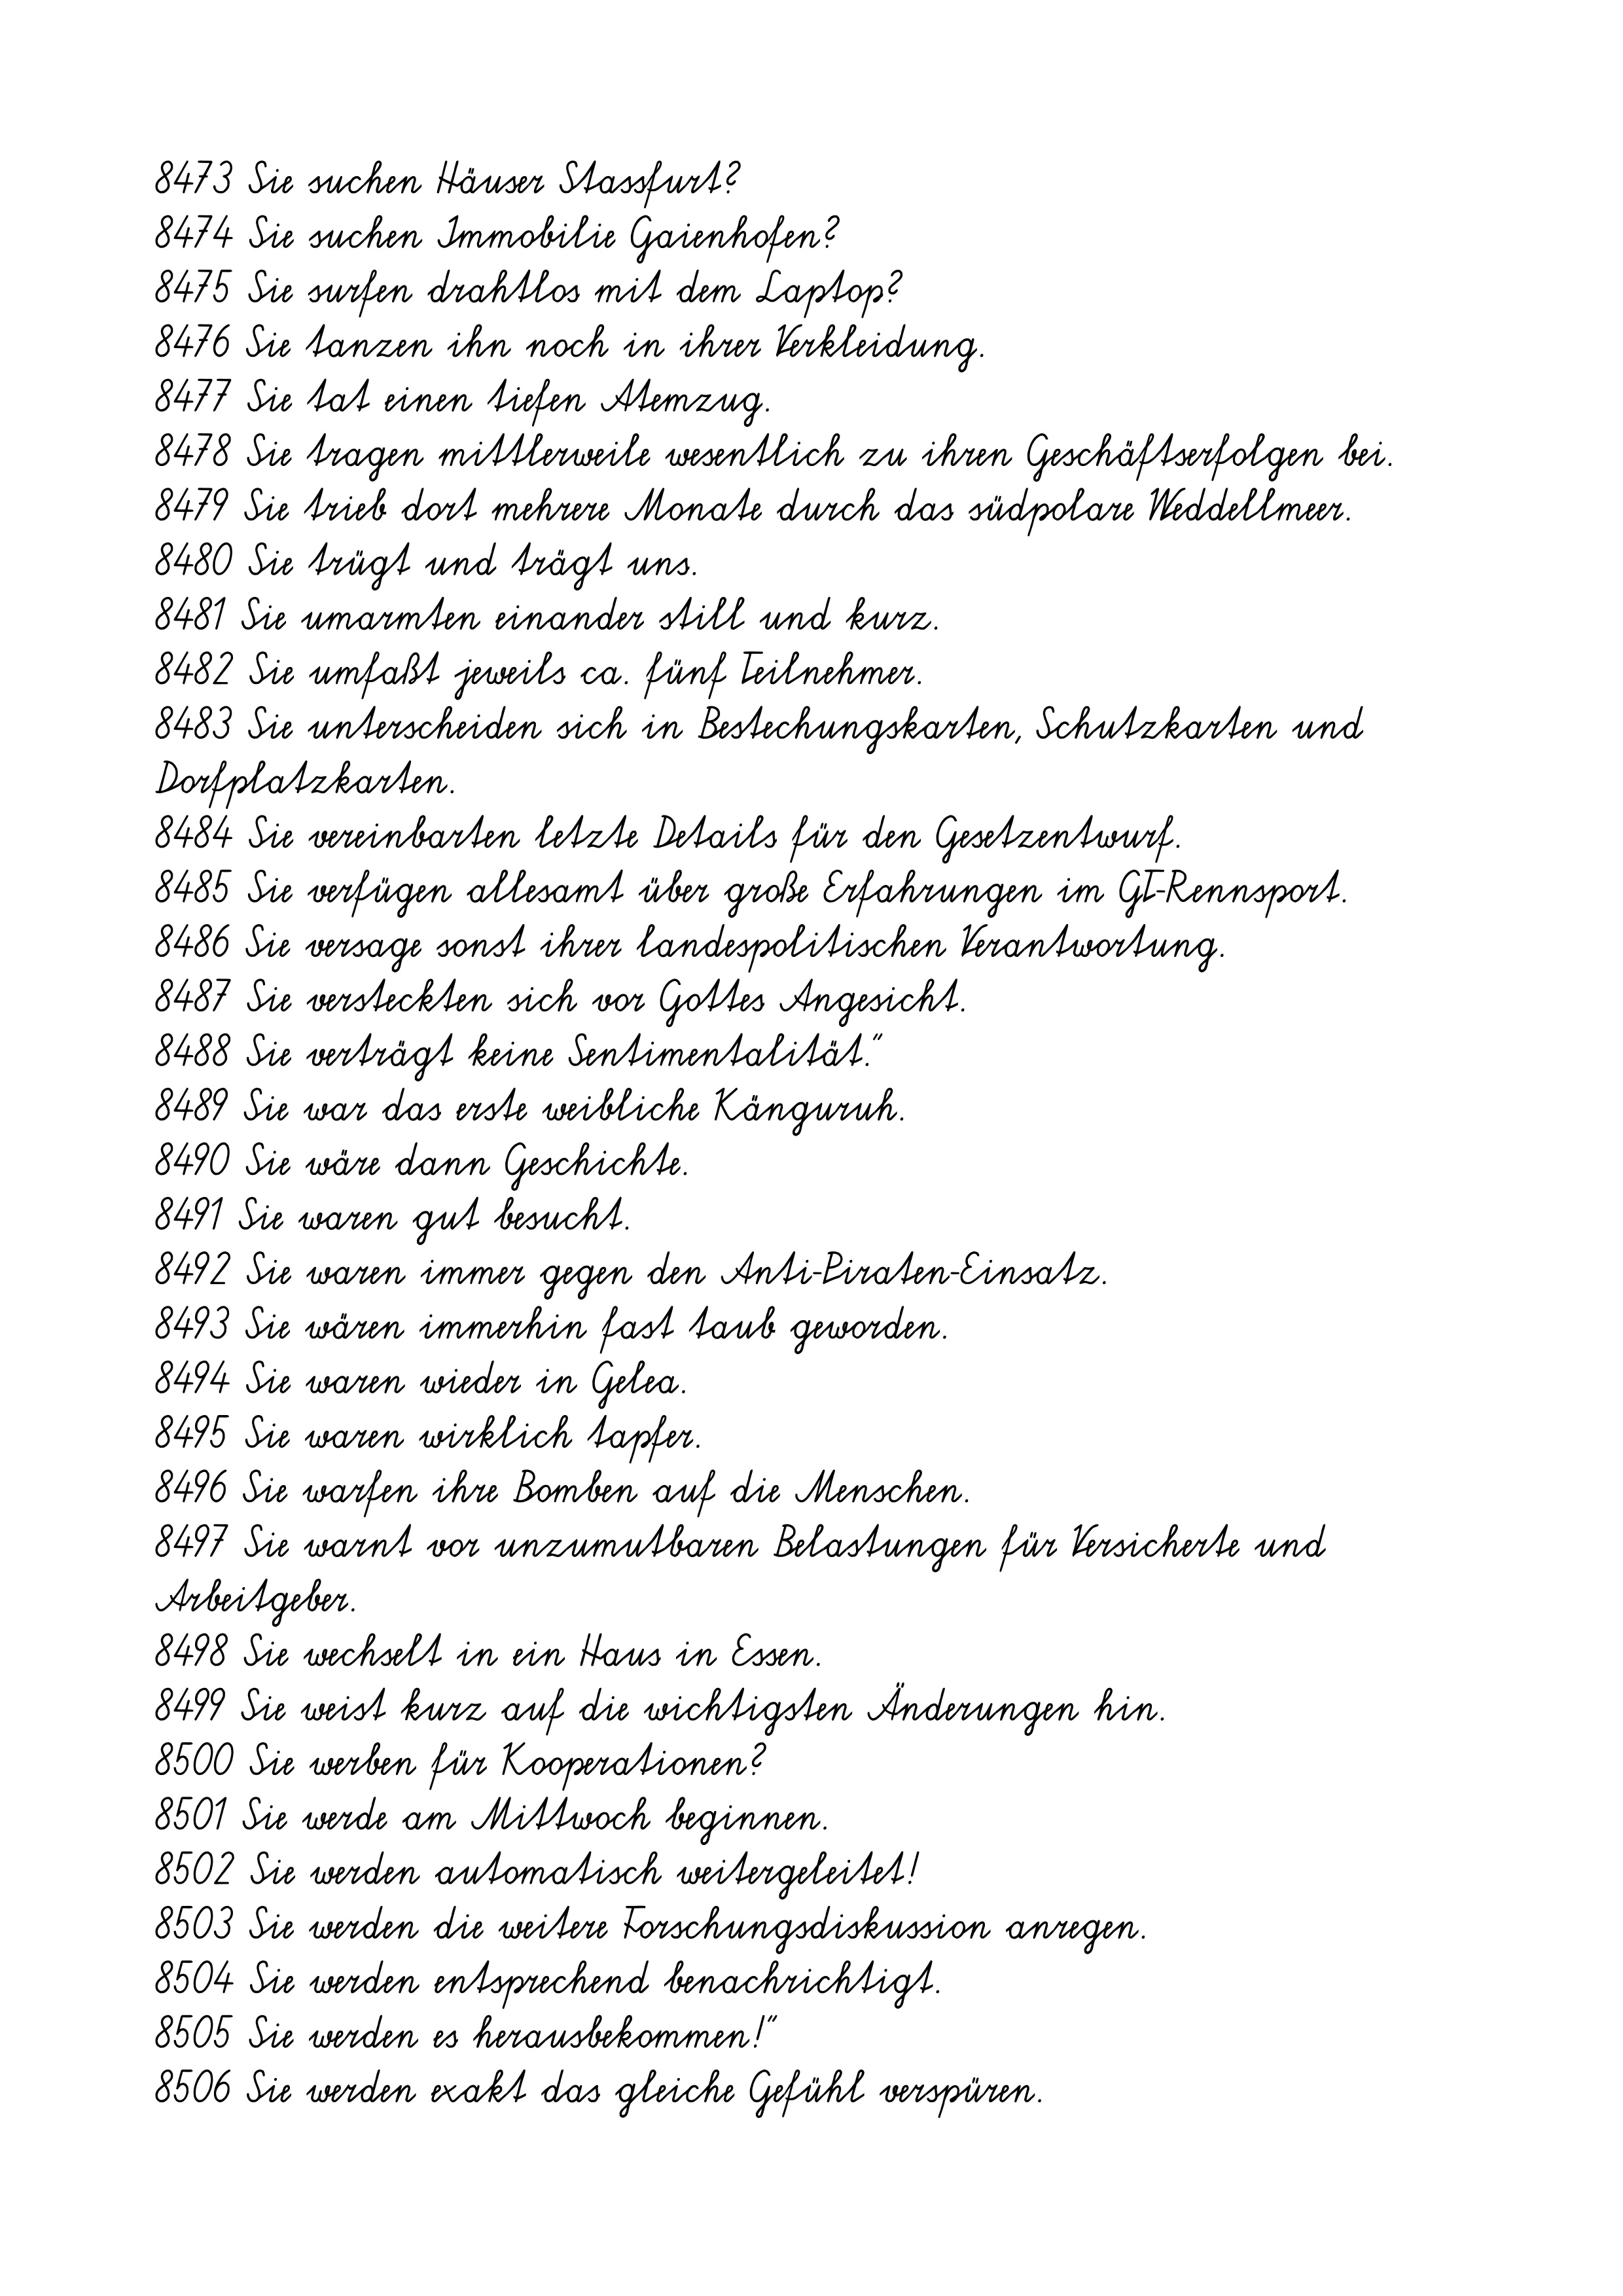
8473 Sie suchen Häuser Stassfurt?
8474 Sie suchen Immobilie Gaienhofen?
8475 Sie surfen drahtlos mit dem Laptop?
8476 Sie tanzen ihn noch in ihrer Verkleidung.
8477 Sie tat einen tiefen Atemzug.
8478 Sie tragen mittlerweile wesentlich zu ihren Geschäftserfolgen bei.
8479 Sie trieb dort mehrere Monate durch das südpolare Weddellmeer.
8480 Sie trügt und trägt uns.
8481 Sie umarmten einander still und kurz.
8482 Sie umfaßt jeweils ca. fünf Teilnehmer.
8483 Sie unterscheiden sich in Bestechungskarten, Schutzkarten und
Dorfplatzkarten.
8484 Sie vereinbarten letzte Details für den Gesetzentwurf.
8485 Sie verfügen allesamt über große Erfahrungen im GT-Rennsport.
8486 Sie versage sonst ihrer landespolitischen Verantwortung.
8487 Sie versteckten sich vor Gottes Angesicht.
8488 Sie verträgt keine Sentimentalität."
8489 Sie war das erste weibliche Känguruh.
8490 Sie wäre dann Geschichte.
8491 Sie waren gut besucht.
8492 Sie waren immer gegen den Anti-Piraten-Einsatz.
8493 Sie wären immerhin fast taub geworden.
8494 Sie waren wieder in Gelea.
8495 Sie waren wirklich tapfer.
8496 Sie warfen ihre Bomben auf die Menschen.
8497 Sie warnt vor unzumutbaren Belastungen für Versicherte und
Arbeitgeber.
8498 Sie wechselt in ein Haus in Essen.
8499 Sie weist kurz auf die wichtigsten Änderungen hin.
8500 Sie werben für Kooperationen?
8501 Sie werde am Mittwoch beginnen.
8502 Sie werden automatisch weitergeleitet!
8503 Sie werden die weitere Forschungsdiskussion anregen.
8504 Sie werden entsprechend benachrichtigt.
8505 Sie werden es herausbekommen!"
8506 Sie werden exakt das gleiche Gefühl verspüren.